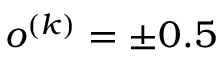
o ^ { ( k ) } = \pm 0 . 5